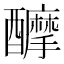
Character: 𨣴